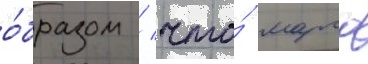
о́бразом / что́ марго